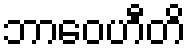
ဘာဝေဟီတိ